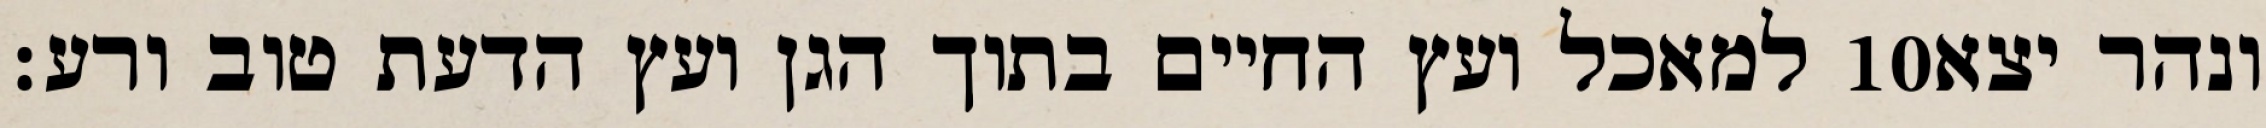
למאכל ועץ החיים בתוך הגן ועץ הדעת טוב ורע׃ ‎10‏ ונהר יצא